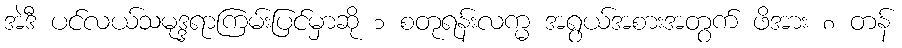
အဲဒီ ပင်လယ်သမုဒ္ဒရာကြမ်းပြင်မှာဆို ၁ စတုရန်းလက္မ အရွယ်အစားအတွက် ဖိအား ၈ တန်